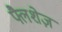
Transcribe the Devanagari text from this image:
फ्लैशेज़